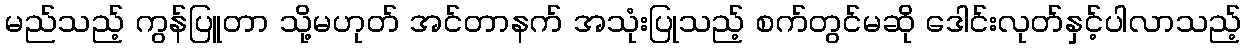
မည်သည့် ကွန်ပြူတာ သို့မဟုတ် အင်တာနက် အသုံးပြုသည့် စက်တွင်မဆို ဒေါင်းလုတ်နှင့်ပါလာသည့်